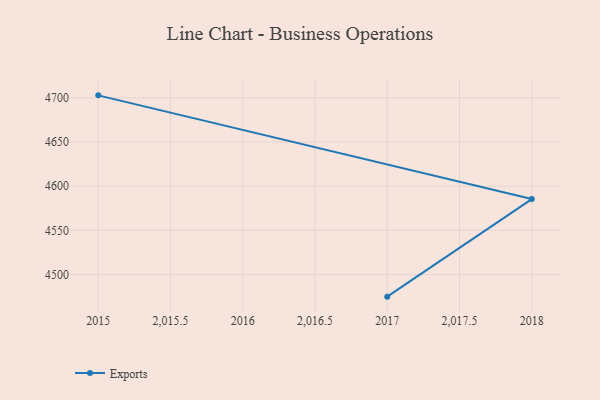
{"axis": {"x": "Year", "y": "Inventory Turnover"}, "legend": ["Exports"], "data": [{"x": "2017", "y": 4475.0, "type": "Exports"}, {"x": "2018", "y": 4585.4, "type": "Exports"}, {"x": "2015", "y": 4702.8, "type": "Exports"}]}